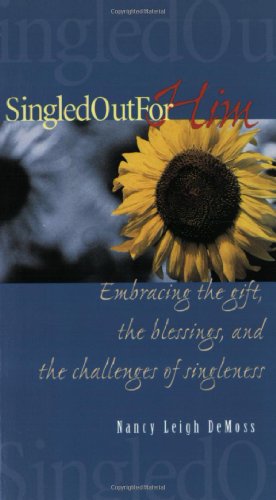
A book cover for Singled Out for Him; Nancy Leigh DeMoss; Christian Books & Bibles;